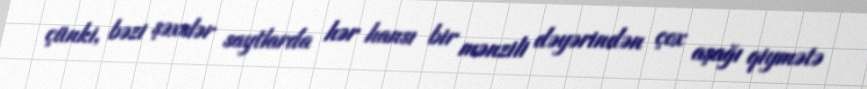
çünki, bəzi şəxslər saytlarda hər hansı bir mənzili dəyərindən çox aşağı qiymətə